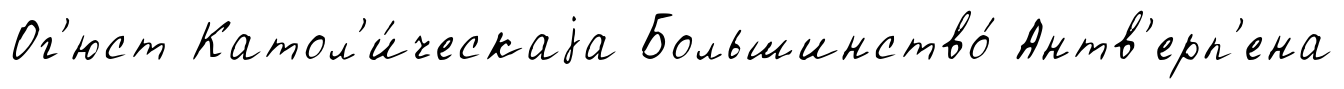
Ог'юст Катол'и́ческаjа Большинство́ Антв'ерп'ена